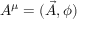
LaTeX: A ^ { \mu } = ( { \vec { A } } , \phi )